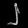
Digit: ၂